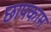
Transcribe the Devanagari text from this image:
छापकाम